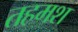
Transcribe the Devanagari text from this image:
तहमश